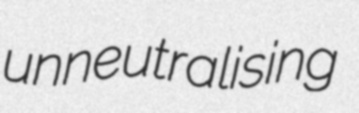
unneutralising